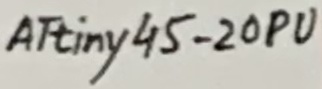
Text: ATtiny45-20PU